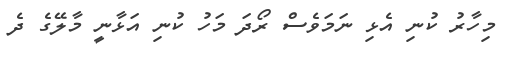
މިހާރު ކުނި އެޅި ނަމަވެސް ރޯދަ މަހު ކުނި އަޅާނީ މާލޭގެ ދެ